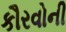
કૌરવોની